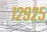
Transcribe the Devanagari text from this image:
१२९२५